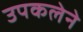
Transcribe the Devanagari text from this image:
उपकलेने